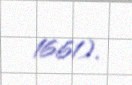
1661).